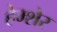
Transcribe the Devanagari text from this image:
हेम्शेर